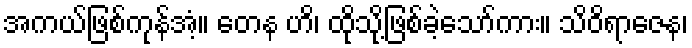
အကယ်ဖြစ်ကုန်အံ့။ တေန ဟိ၊ ထိုသို့ဖြစ်ခဲ့သော်ကား။ သိဝိရာဇေန၊